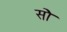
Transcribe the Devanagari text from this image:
सोे